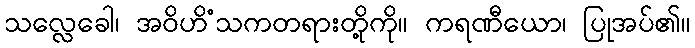
သလ္လေခေါ၊ အဝိဟိံသကတရားတို့ကို။ ကရဏီယော၊ ပြုအပ်၏။